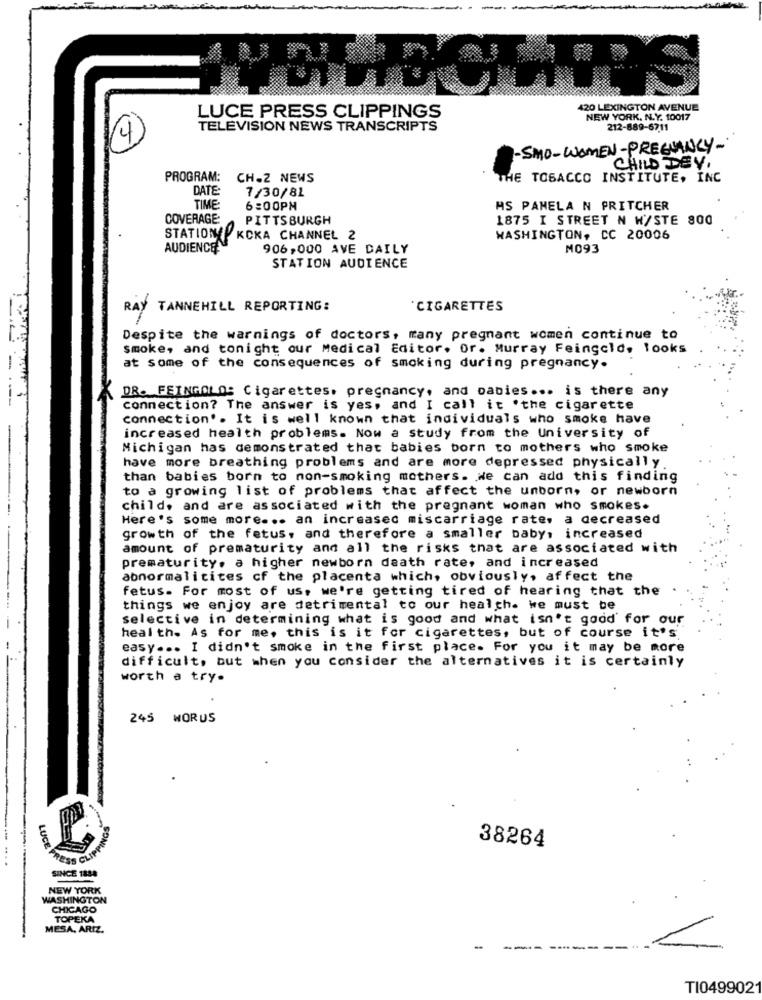
LUCE PRESS CLIPPINGS
420 LEXINGTON AVENUE
NEW YORK. N.Y. 10017
TELEVISION NEWS TRANSCRIPTS
212-889-6711
4
-SMO-WOMEN- PREGNANCY-
CHILD DEV.
PROGRAM:
CH-2 NEWS
THE TOBACCO INSTITUTE, INC
DATE:
7/30/81
TIME:
6:00PM
MS PANELA N PRITCHER
COVERAGE:
PITTSBURGH
1875 I STREET N W/STE 800
STATION / KCKA CHANNEL 2
WASHINGTON, CC 20006
AUDIENCE
906,000 AVE DAILY
M093
STATION AUDIENCE
RAY TANNEHILL REPORTING:
CIGARETTES
Despite the warnings of doctors, many pregnant women continue to
smoke, and tonight our Medical Editor. Or. Murray Feingold. looks
at some of the consequences of smoking during pregnancy.
-.
DR. FEINGOLD: Cigarettes. pregnancy, and oabies ... is there any
connection? The answer is yes, and I call it .the cigarette
connection'. It is well known that individuals who smoke have
increased health problems. Now a study from the University of
Michigan has demonstrated that babies born to mothers who smoke
have more breathing problems and are more depressed physically
than babies born to non-smoking mothers. we can add this finding
to a growing list of problems that affect the unborn, or newborn
child, and are associated with the pregnant woman who smokes.
Here's some more ... an increased miscarriage rate. a decreased
growth of the fetus, and therefore a smaller baby, increased
amount of prematurity and all the risks that are associated with
prematurity. a higher newborn death rate, and increased
abnormalitites cf the placenta which, obviously, affect the
fetus. For most of us, we're getting tired of hearing that the
things we enjoy are detrimental to our health. we must be
selective in determining what is good and what isn't good' for our
health. As for me, this is it for cigarettes, but of course it's
easy ... I didn't smoke in the first place. For you it may be more
difficult, but when you consider the alternatives it is certainly
worth a try.
245 WORDS
LUCE
38264
SINCE 1888
NEW YORK
WASHINGTON
CHICAGO
TOPEKA
MESA, ARIZ.
-
--
TI049902